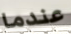
عندما